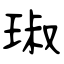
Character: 琡